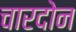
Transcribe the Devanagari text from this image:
चारदोन